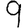
Digit: 9